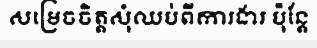
សម្រេចចិត្តសុំឈប់ពីការងារ ប៉ុន្តែ